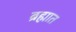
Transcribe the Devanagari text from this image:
ब्रह्मात